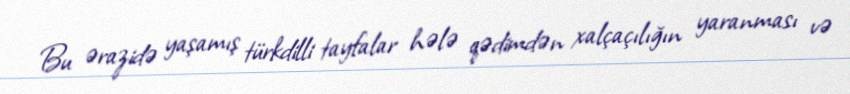
Bu ərazidə yaşamış türkdilli tayfalar hələ qədimdən xalçaçılığın yaranması və